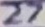
Text: 27